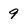
Character: 9